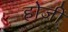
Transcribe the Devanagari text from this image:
होजी